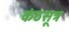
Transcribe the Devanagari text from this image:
कंठसूत्र